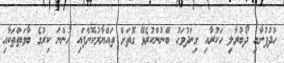
ހުދުފުށާއި ދޯބުރާލި ހަކުރާއި ގިނަދުވަހު ބޭނުންކުރެވޭ ގޮތަށް ތައްޔާރުކޮށްފައި ހުންނަ ކިރުގެ ބާވަތްތަކާއި